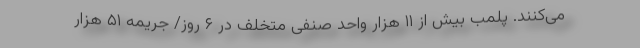
می‌کنند. پلمب بیش از ۱۱ هزار واحد صنفی متخلف در ۶ روز/ جریمه ۵۱ هزار